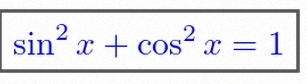
\sin^2x+\cos^2x=1